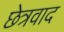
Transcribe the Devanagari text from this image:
छेत्रवाद